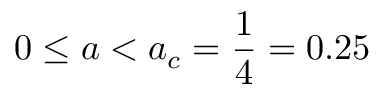
0 \leq a < a _ { c } = \frac { 1 } { 4 } = 0 . 2 5